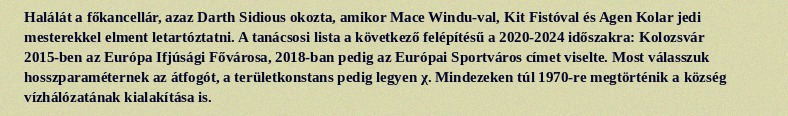
Halálát a főkancellár, azaz Darth Sidious okozta, amikor Mace Windu-val, Kit Fistóval és Agen Kolar jedi mesterekkel elment letartóztatni. A tanácsosi lista a következő felépítésű a 2020-2024 időszakra: Kolozsvár 2015-ben az Európa Ifjúsági Fővárosa, 2018-ban pedig az Európai Sportváros címet viselte. Most válasszuk hosszparaméternek az átfogót, a területkonstans pedig legyen χ. Mindezeken túl 1970-re megtörténik a község vízhálózatának kialakítása is.